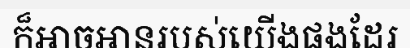
ក៏អាចអានរបស់យើងផងដែរ